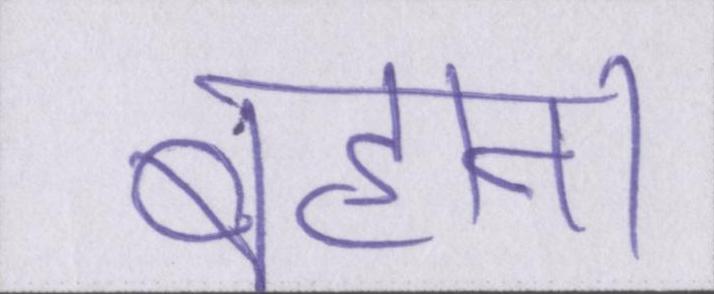
बहाना